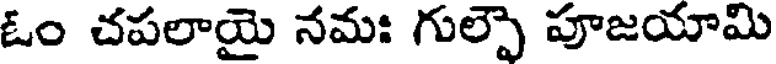
ఓం చపలాయై నమః గుల్పౌ పూజయామి